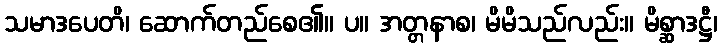
သမာဒပေတိ၊ ဆောက်တည်စေ၏။ ပ။ အတ္တနာစ၊ မိမိသည်လည်း။ မိစ္ဆာဒဋ္ဌီ၊